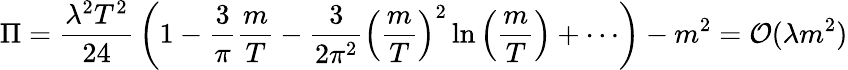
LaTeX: \Pi={\frac{\lambda^{2}T^{2}}{24}}\left(1-{\frac{3}{\pi}}{\frac{m}{T}}-{\frac{3}{2\pi^{2}}}\left({\frac{m}{T}}\right)^{2}\ln\left({\frac{m}{T}}\right)+\cdots\right)-m^{2}={\cal O}(\lambda m^{2})